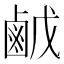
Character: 𪉠